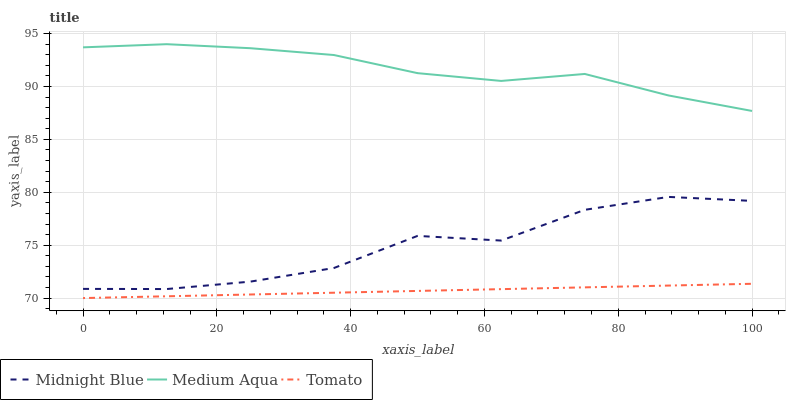
| xaxis_label | Midnight Blue | Medium Aqua | Tomato |
 | --- | --- | --- | --- |
 | 0 | 70.9 | 93.7 | 70 |
 | 12.5 | 70.9 | 94 | 70.2 |
 | 25 | 71.6 | 93.6 | 70.3 |
 | 37.5 | 72.8 | 93 | 70.5 |
 | 50 | 75.9 | 91.3 | 70.7 |
 | 62.5 | 75.4 | 90.5 | 70.8 |
 | 75 | 78.3 | 91.2 | 71 |
 | 87.5 | 79.6 | 89.2 | 71.2 |
 | 100 | 79.2 | 87.7 | 71.4 |